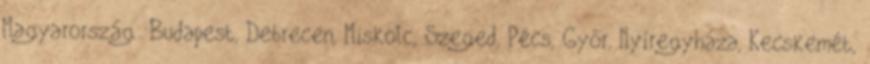
Magyarország: Budapest, Debrecen, Miskolc, Szeged, Pécs, Győr, Nyíregyháza, Kecskemét,